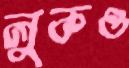
লুকও